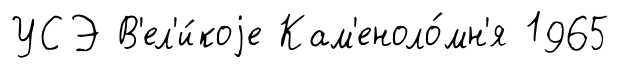
УСЭ В'ел'и́коjе Кам'еноло́мн'я 1965